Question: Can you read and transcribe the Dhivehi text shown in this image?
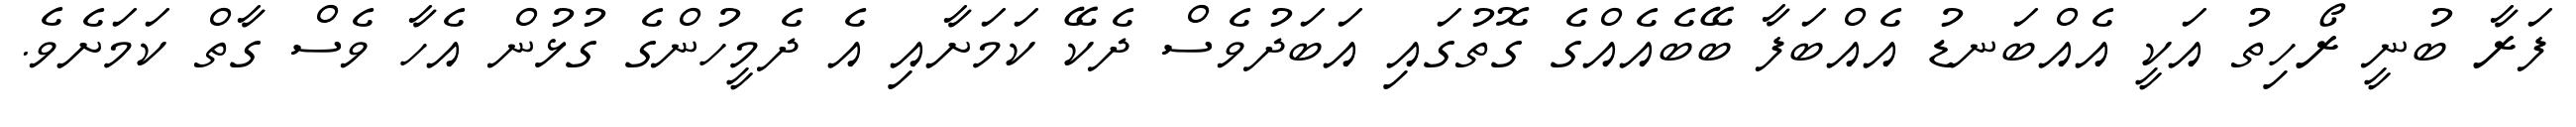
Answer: ފަރާ ބުނީ ރޯހިތު އަކީ އެއްބަނޑު އެއްބަފާ ބޭބެއެއްގެ ގޮތުގައި އަބަދުވެސް ދެކޭ ކަމަށާއި އެ ދެމީހުންގެ ގުޅުން އެހާ ވެސް ގާތް ކަމަށެވެ.